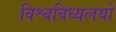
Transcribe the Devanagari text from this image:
विश्वविध्यलयों